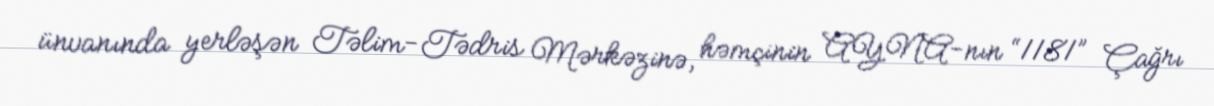
ünvanında yerləşən Təlim-Tədris Mərkəzinə, həmçinin AYNA-nın “1181” Çağrı